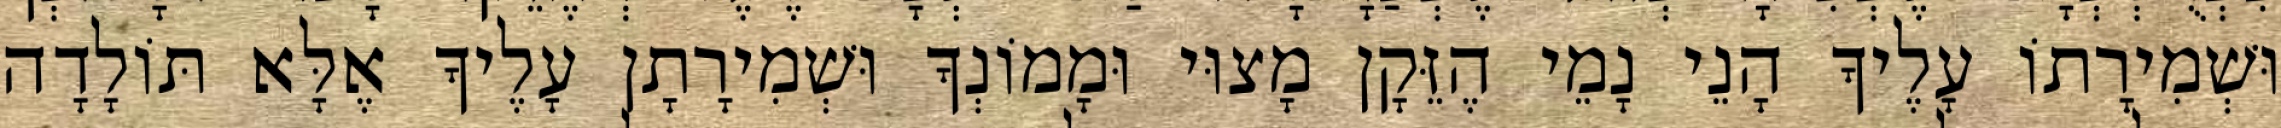
וּשְׁמִירָתוֹ עָלֶיךָ הָנֵי נָמֵי הֶזֵּקָן מָצוּי וּמָמוֹנְךָ וּשְׁמִירָתָן עָלֶיךָ אֶלָּא תּוֹלָדָה